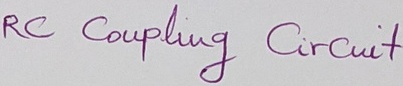
Text: RC Coupling Circuit